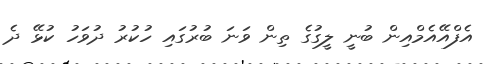
އެފްއޭއެމްއިން ބުނީ ލީގުގެ ތިން ވަނަ ބުރުގައި ހުކުރު ދުވަހު ކުޅޭ ދެ